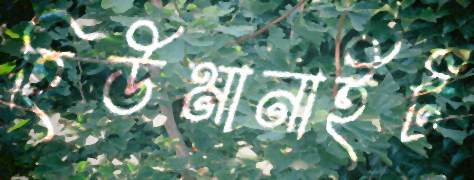
হিউমানাইট